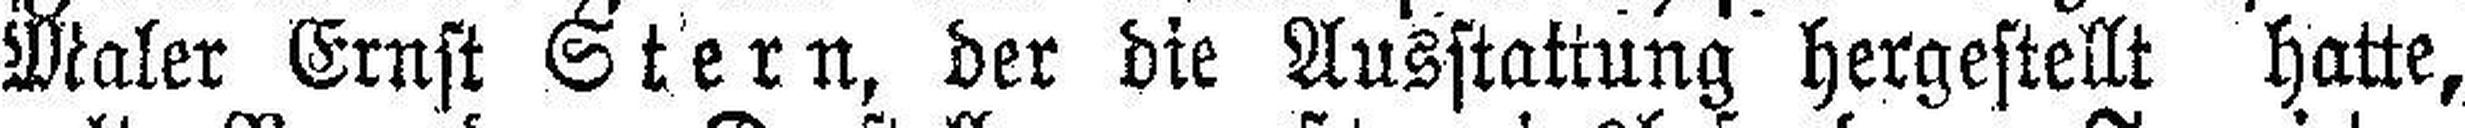
Maler Ernst Stern, der die Ausstattung hergestellt hatte,